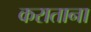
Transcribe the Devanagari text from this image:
कराताना